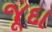
જૂદા